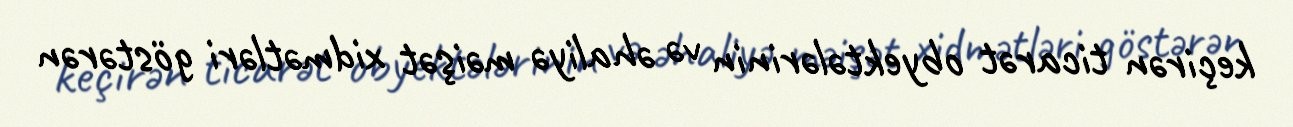
keçirən ticarət obyektələrinin və əhaliyə məişət xidmətləri göstərən